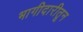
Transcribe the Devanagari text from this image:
भागीदारीतून